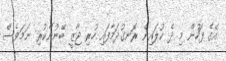
އޭގެ ފަހުން މި ދެ ކުލައިން ރޮނގުދަމާފައި ހުރި ޖާޒީ ބޭނުންކުރި ނަމަވެސް